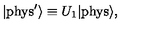
| \mathrm { { p h y s } } ^ { \prime } \rangle \equiv U _ { 1 } | { \mathrm { p h y s } } \rangle ,